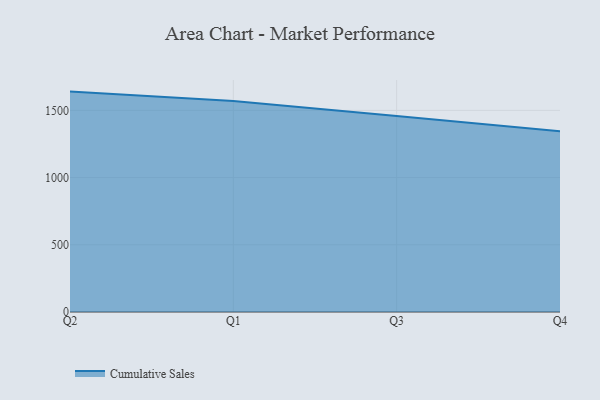
{"axis": {"x": "Quarter", "y": "Waste Production (Tons)"}, "legend": ["Cumulative Sales"], "data": [{"x": "Q2", "y": 1639.7, "type": "Cumulative Sales"}, {"x": "Q1", "y": 1570.2, "type": "Cumulative Sales"}, {"x": "Q3", "y": 1458.1, "type": "Cumulative Sales"}, {"x": "Q4", "y": 1344.1, "type": "Cumulative Sales"}]}